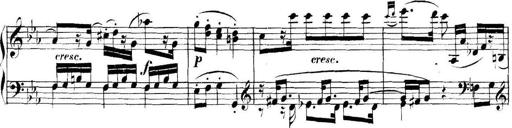
Title: Collected Piano Sonatas
Composer: Muzio Clementi